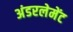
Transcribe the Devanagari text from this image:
अंडरलेमेंट